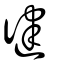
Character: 徤